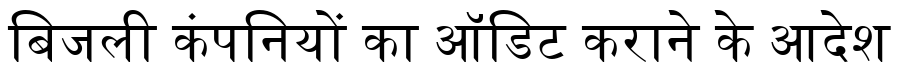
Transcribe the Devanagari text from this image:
बिजली कंपनियों का ऑडिट कराने के आदेश